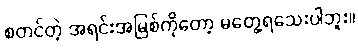
စတင်တဲ့ အရင်းအမြစ်ကိုတော့ မတွေ့ရသေးပါဘူး။